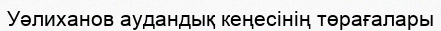
Уәлиханов аудандық кеңесінің төрағалары